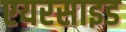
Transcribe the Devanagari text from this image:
एयरसाइड